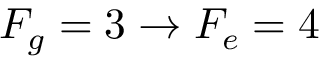
F _ { g } = 3 \rightarrow F _ { e } = 4